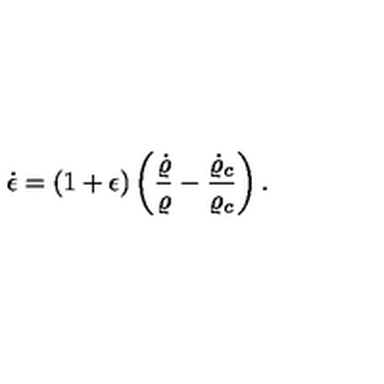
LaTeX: \dot { \epsilon } = ( 1 + \epsilon ) \left( { \frac { \dot { \varrho } } { \varrho } } - { \frac { \dot { \varrho } _ { c } } { \varrho _ { c } } } \right) .